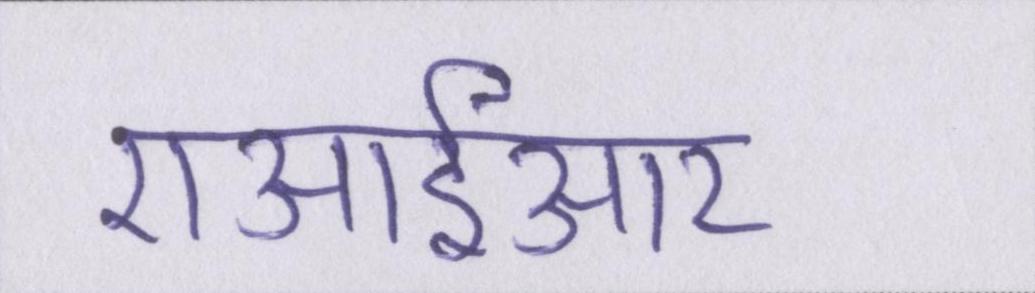
एआईआर